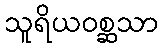
သူရိယဝစ္ဆသာ